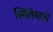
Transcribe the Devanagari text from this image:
स्थितेमध्ये